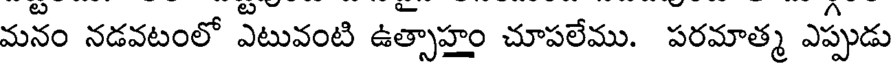
మనం నడవటంలో ఎటువంటి ఉత్సాహం చూపలేము. పరమాత్మ ఎప్పుడు